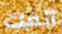
أنفك